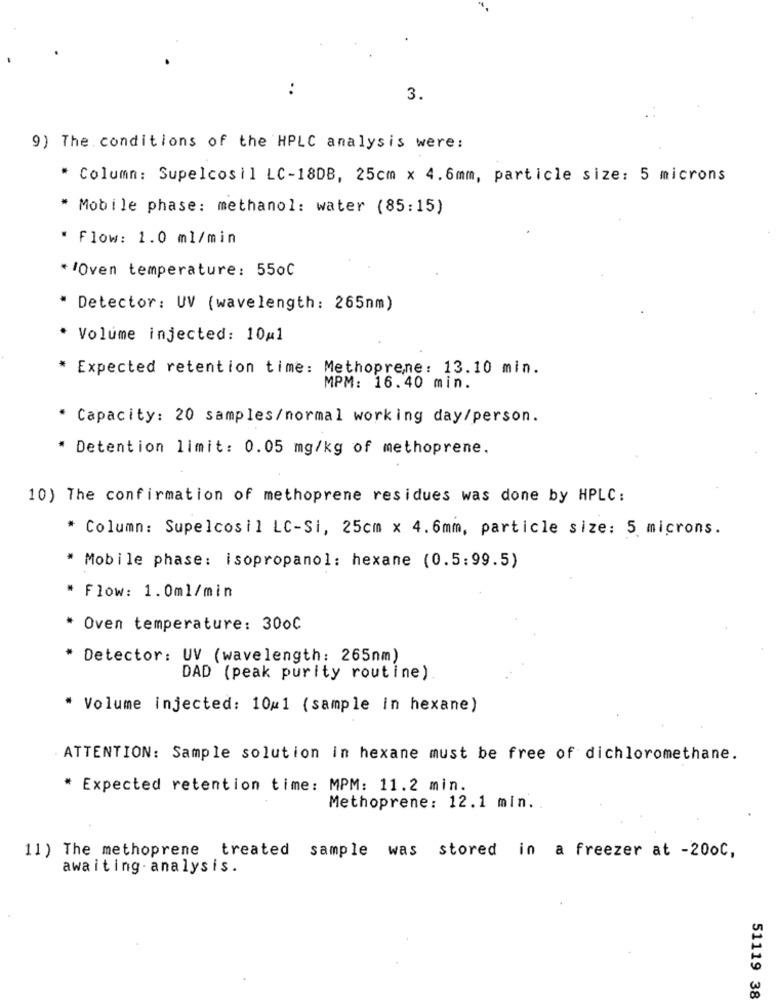
..
3.
9) The conditions of the HPLC analysis were:
* Column: Supelcosil LC-18DB, 25cm × 4.6mm, particle size: 5 microns
* Mobile phase: methanol: water (85:15)
* Flow: 1.0 ml/min
*/Oven temperature: 550℃
* Detector: UV (wavelength: 265nm)
* Volume injected: 10#1
* Expected retention time: Methoprene: 13.10 min.
MPM: 16.40 min.
* Capacity: 20 samples/normal working day/person.
* Detention limit: 0.05 mg/kg of methoprene.
10) The confirmation of methoprene residues was done by HPLC:
* Column: Supelcosil LC-Si, 25cm × 4.6mm, particle size: 5 microns.
* Mobile phase: isopropanol: hexane (0.5:99.5)
* Flow: 1.0ml/min
* Oven temperature: 300℃
Detector: UV (wavelength: 265nm)
DAD (peak purity routine)
* Volume injected: 10/1 (sample in hexane)
ATTENTION: Sample solution in hexane must be free of dichloromethane.
* Expected retention time: MPM: 11.2 min.
Methoprene: 12.1 min.
11) The methoprene treated sample was stored in a freezer at -200C,
awaiting . analysis.
51119 38